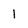
Character: l